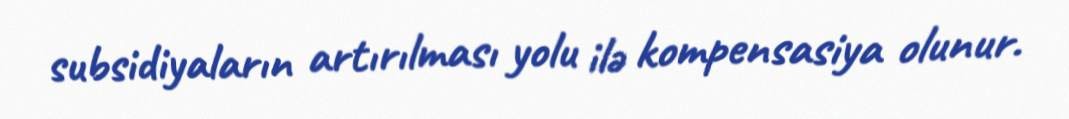
subsidiyaların artırılması yolu ilə kompensasiya olunur.